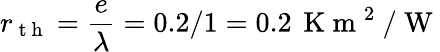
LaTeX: r_{\mathrm{~t~h~}}=\frac{e}{\lambda}=0.2/1=0.2\, \mathrm{~K~m~}^{2}\mathrm{~/~W~}